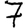
Digit: 7